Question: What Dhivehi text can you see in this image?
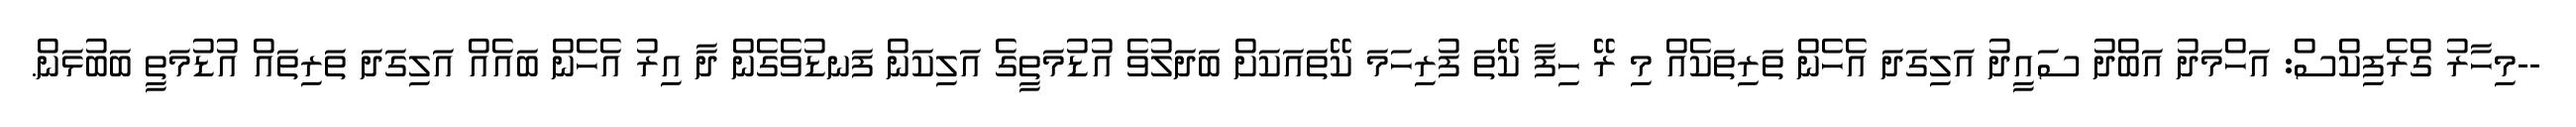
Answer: --މިހާރު ގްރެފިކްސް: އަހްމަދު އަބްދު ސައީދު އަލިގަދަ އެހެން ތަރިތަކެއް މި ރޭ ހިފާ ކޭތަ ފުރިހަމަ ކޭތައަކަށް ބަދަލުވެ އުޑުމަތީގެ އަލިކަން ފަނޑުވެގެން ދާ އިރު އެހެން ބައެއް އަލިގަދަ ތަރިތައް އުޑުމަތީ ބަބުޅަން.